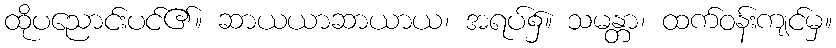
ထိုပညောင်းပင်၏။ ဆာယယာဆာယာယ၊ အရပ်၌။ သမန္တာ၊ ထက်ဝန်းကျင်မှ။